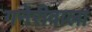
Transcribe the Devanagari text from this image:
गनेरीवाला